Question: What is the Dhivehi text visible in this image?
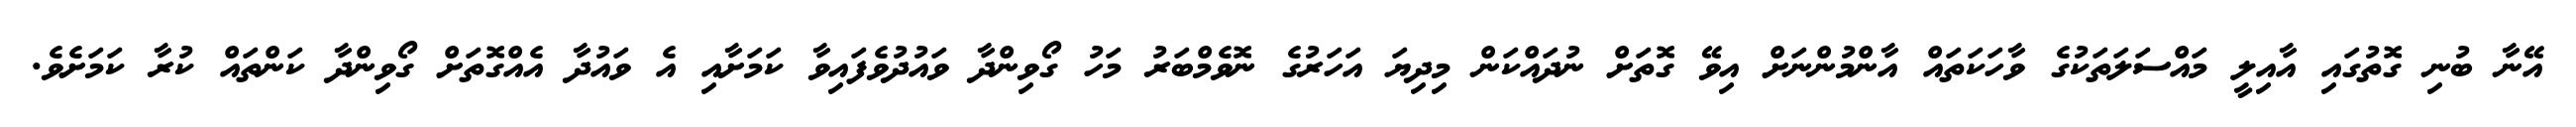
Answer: އޭނާ ބުނި ގޮތުގައި އާއިލީ މައްސަލަތަކުގެ ވާހަކަތައް އާންމުންނަށް އިވޭ ގޮތަށް ނުދައްކަން މިދިޔަ އަހަރުގެ ނޮވެމްބަރު މަހު ގޯވިންދާ ވައުދުވެފައިވާ ކަމަށާއި އެ ވައުދާ އެއްގޮތަށް ގޯވިންދާ ކަންތައް ކުރާ ކަމަށެވެ.